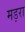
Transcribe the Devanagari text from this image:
मड़रा